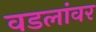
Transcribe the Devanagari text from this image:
वडलांवर